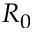
R _ { 0 }